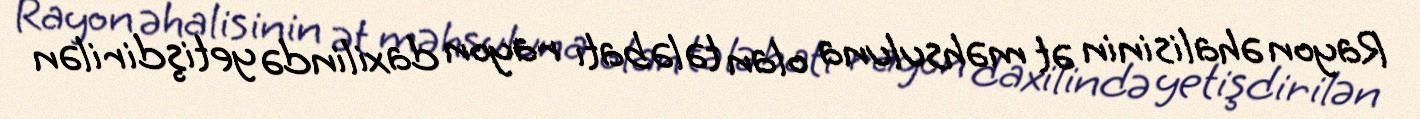
Rayon əhalisinin ət məhsuluna olan tələbatı rayon daxilində yetişdirilən